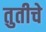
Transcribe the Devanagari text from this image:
तुतीचे